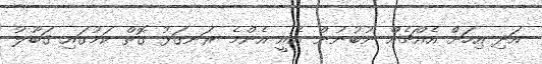
އަދި އިހަށް އެއްޗެއް ނުބުނުން އެއީ އެންމެ ރަނގަޅު ގޮތް ކަމުގައި ޤަބޫލު